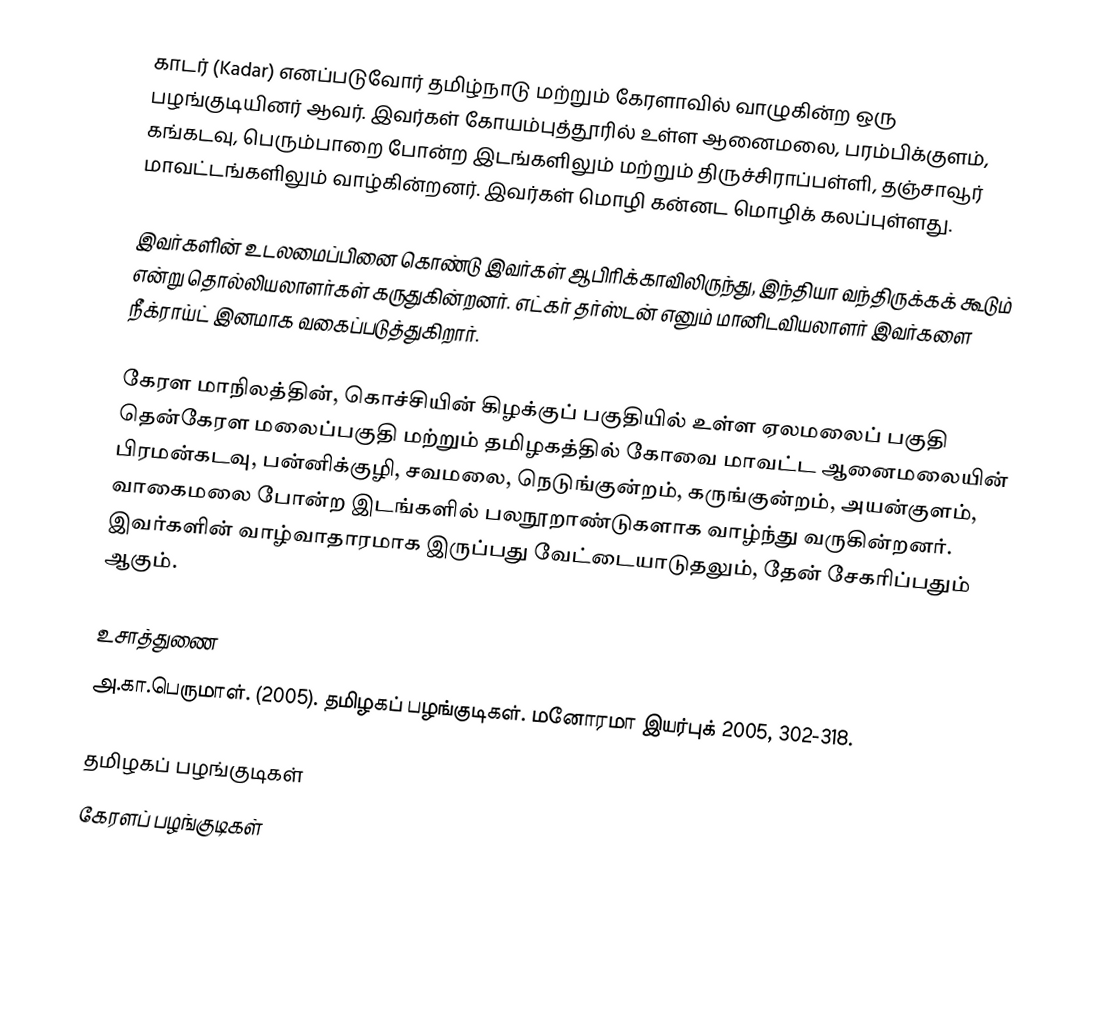
காடர் (Kadar) எனப்படுவோர் தமிழ்நாடு மற்றும் கேரளாவில் வாழுகின்ற ஒரு பழங்குடியினர் ஆவர். இவர்கள் கோயம்புத்தூரில் உள்ள ஆனைமலை, பரம்பிக்குளம், கங்கடவு, பெரும்பாறை போன்ற இடங்களிலும் மற்றும் திருச்சிராப்பள்ளி, தஞ்சாவூர் மாவட்டங்களிலும் வாழ்கின்றனர். இவர்கள் மொழி கன்னட மொழிக் கலப்புள்ளது.

இவர்களின் உடலமைப்பினை கொண்டு இவர்கள் ஆபிரிக்காவிலிருந்து, இந்தியா வந்திருக்கக் கூடும் என்று தொல்லியலாளர்கள் கருதுகின்றனர். எட்கர் தர்ஸ்டன் எனும் மானிடவியலாளர் இவர்களை நீக்ராய்ட் இனமாக வகைப்படுத்துகிறார்.

கேரள மாநிலத்தின், கொச்சியின் கிழக்குப் பகுதியில் உள்ள ஏலமலைப் பகுதி தென்கேரள மலைப்பகுதி மற்றும் தமிழகத்தில் கோவை மாவட்ட ஆனைமலையின் பிரமன்கடவு, பன்னிக்குழி, சவமலை, நெடுங்குன்றம், கருங்குன்றம், அயன்குளம், வாகைமலை போன்ற இடங்களில் பலநூறாண்டுகளாக வாழ்ந்து வருகின்றனர். இவர்களின் வாழ்வாதாரமாக இருப்பது வேட்டையாடுதலும், தேன் சேகரிப்பதும் ஆகும்.

உசாத்துணை
அ.கா.பெருமாள். (2005). தமிழகப் பழங்குடிகள். மனோரமா இயர்புக் 2005, 302-318.

தமிழகப் பழங்குடிகள்
கேரளப் பழங்குடிகள்